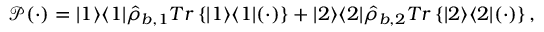
{ \mathcal P } ( \cdot ) = | 1 \rangle \langle 1 | \hat { \rho } _ { b , 1 } T r \left\{ | 1 \rangle \langle 1 | ( \cdot ) \right\} + | 2 \rangle \langle 2 | \hat { \rho } _ { b , 2 } T r \left\{ | 2 \rangle \langle 2 | ( \cdot ) \right\} ,